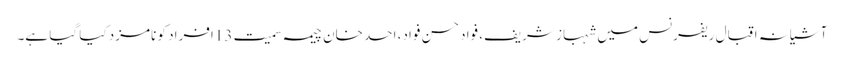
آشیانہ اقبال ریفرنس میں شہباز شریف، فواد حسن فواد، احد خان چیمہ سمیت 13افراد کو نامزد کیا گیا ہے۔